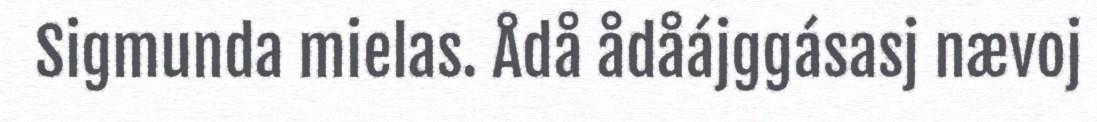
Sigmunda mielas. Ådå ådåájggásasj nævoj